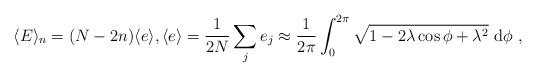
LaTeX: \begin{align*}\langle E\rangle_n=(N-2n)\langle e\rangle, \langle e\rangle = \frac{1}{2N} \sum_j e_j\approx \frac{1}{2\pi}\int_0^{2\pi} \sqrt{1-2\lambda\cos \phi+\lambda^2}\ \mathrm{d}\phi\ ,\end{align*}